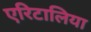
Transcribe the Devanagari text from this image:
एरिटालिया